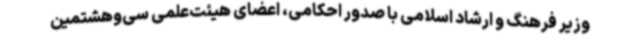
وزیر فرهنگ و ارشاد اسلامی با صدور احکامی، اعضای هیئت‌علمی سی‌وهشتمین